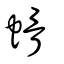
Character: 螖